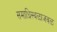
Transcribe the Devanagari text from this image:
समाधिस्थळाजवळ